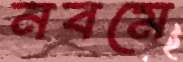
নবমে